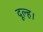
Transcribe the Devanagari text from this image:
दूल्ह।